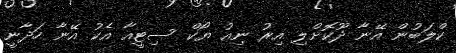
ކްލަބުން އޭނާ ދޫކޮށްލި އިރު ނިއު ޔޯކް ސިޓީއާ އެކު އޭނާ ހަދާނީ